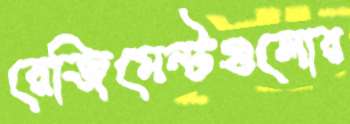
রেজিমেন্টগুলোর